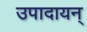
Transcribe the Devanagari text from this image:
उपादायन्